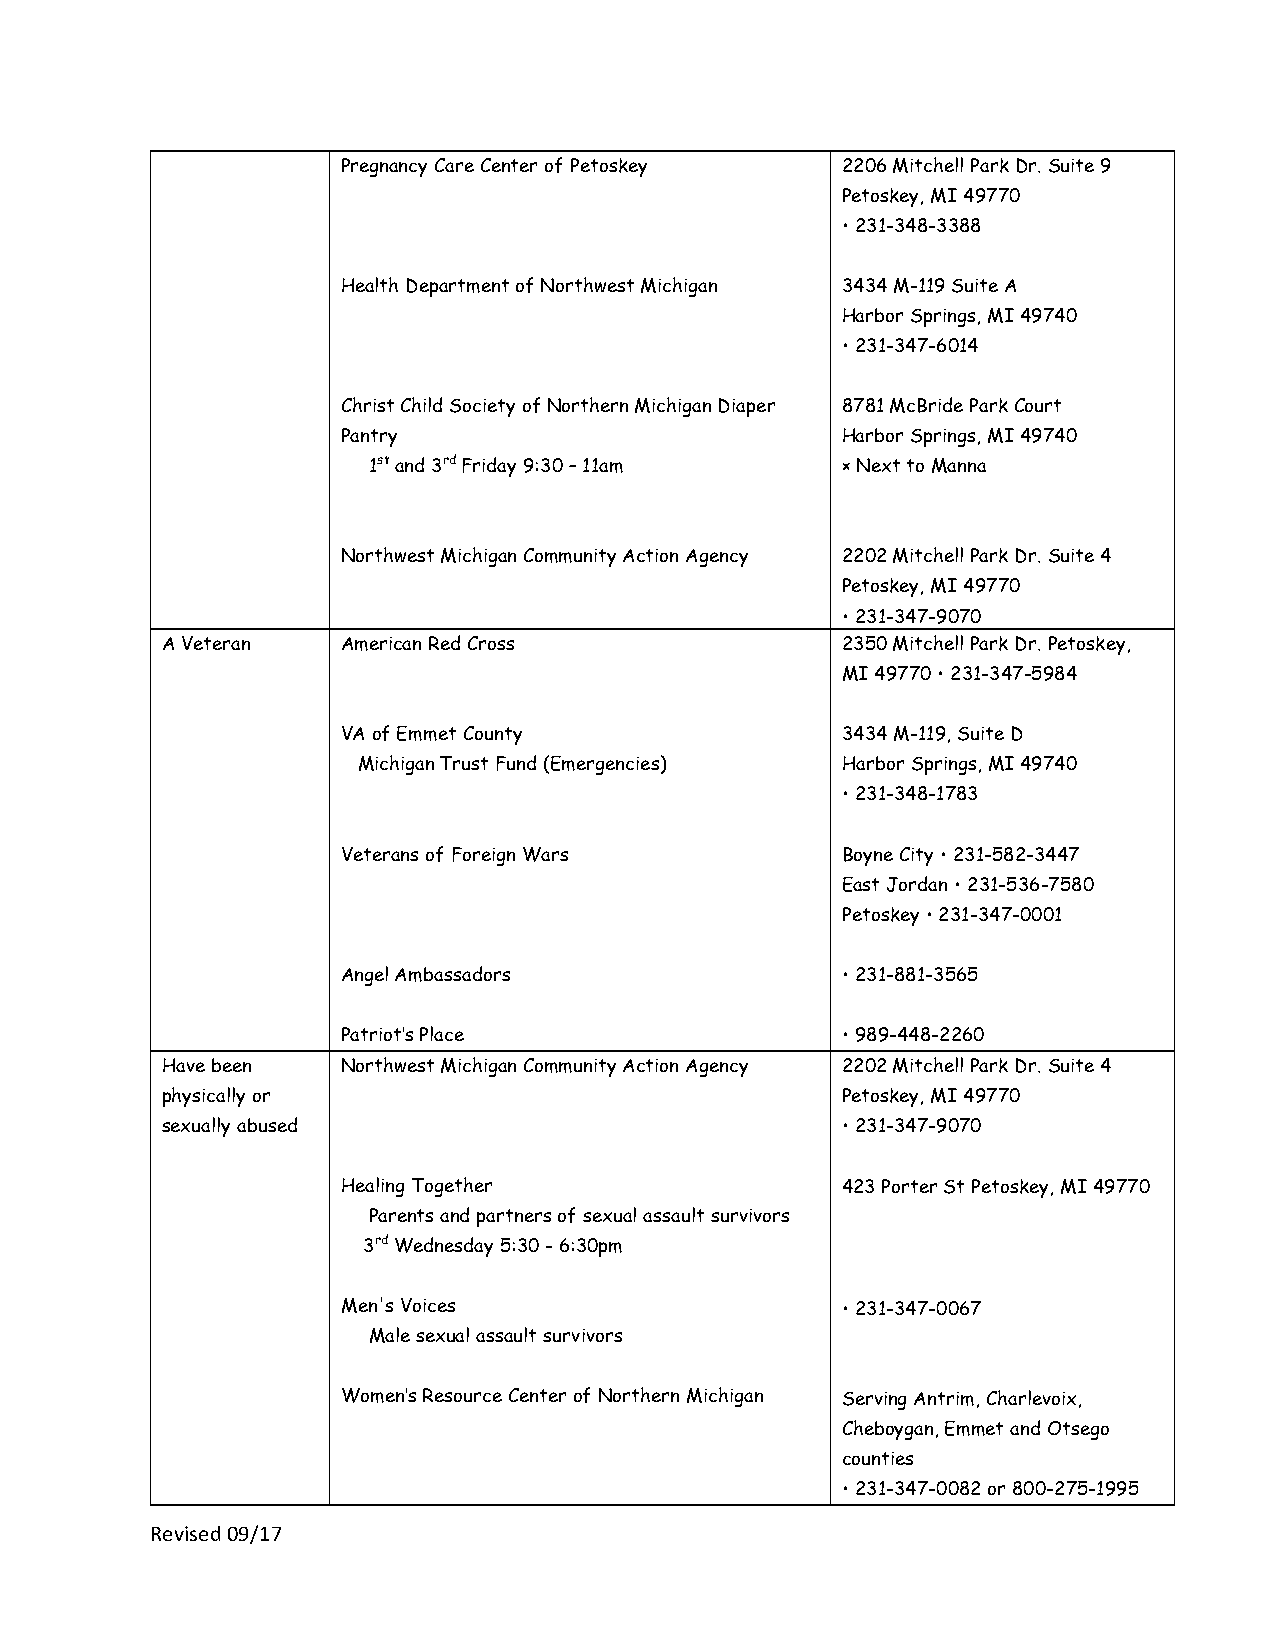
Pregnancy Care Center of Petoskey 2206 Mitchell Park Dr. Suite 9
 Petoskey, MI 49770
 • 231-348-3388
 Health Department of Northwest Michigan 3434 M-119 Suite A
 Harbor Springs, MI 49740
 • 231-347-6014
 Christ Child Society of Northern Michigan Diaper 8781 McBride Park Court
 Pantry                           Harbor Springs, MI 49740
 1st and 3rd Friday 9:30 – 11am  × Next to Manna
 Northwest Michigan Community Action Agency 2202 Mitchell Park Dr. Suite 4
 Petoskey, MI 49770
 • 231-347-9070
 A Veteran   American Red Cross               2350 Mitchell Park Dr. Petoskey,
 MI 49770 • 231-347-5984
 VA of Emmet County               3434 M-119, Suite D
 Michigan Trust Fund (Emergencies) Harbor Springs, MI 49740
 • 231-348-1783
 Veterans of Foreign Wars         Boyne City • 231-582-3447
 East Jordan • 231-536-7580
 Petoskey • 231-347-0001
 Angel Ambassadors                • 231-881-3565
 Patriot’s Place                  • 989-448-2260
 Have been   Northwest Michigan Community Action Agency 2202 Mitchell Park Dr. Suite 4
 physically or                                Petoskey, MI 49770
 sexually abused                              • 231-347-9070
 Healing Together                 423 Porter St Petoskey, MI 49770
 Parents and partners of sexual assault survivors
 3rd Wednesday 5:30 - 6:30pm
 Men's Voices                     • 231-347-0067
 Male sexual assault survivors
 Women’s Resource Center of Northern Michigan Serving Antrim, Charlevoix,
 Cheboygan, Emmet and Otsego
 counties
 • 231-347-0082 or 800-275-1995
 Revised 09/17